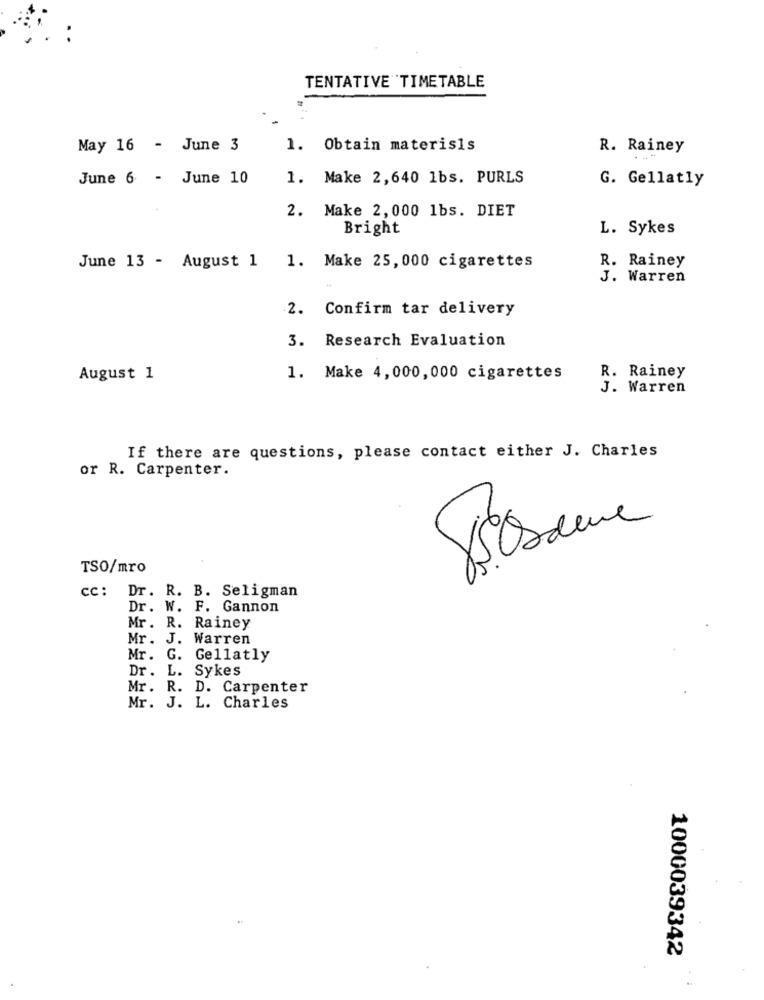
TENTATIVE TIMETABLE
May 16 - June 3
1. Obtain materisis
R. Rainey
June 6 - June 10
1. Make 2,640 1bs. PURLS
G. Gellatly
2. Make 2,000 1bs. DIET
Bright
L. Sykes
R. Rainey
June 13 - August 1 1. Make 25, 000 cigarettes
J. Warren
2.
Confirm tar delivery
3. Research Evaluation
August 1
1. Make 4,000,000 cigarettes
R. Rainey
J. Warren
If there are questions, please contact either J. Charles
or R. Carpenter.
TSO/mro
cc: Dr. R. B. Seligman
Dr. W. F. Gannon
Mr. R. Rainey
Mr. J. Warren
Mr. G. Gellatly
Dr. L. Sykes
Mr. R. D. Carpenter
Mr. J. L. Charles
1000039342